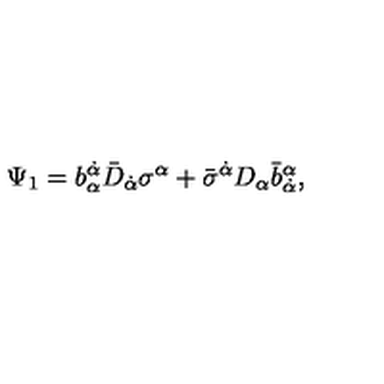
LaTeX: \Psi _ { 1 } = b _ { \alpha } ^ { \dot { \alpha } } \bar { D } _ { \dot { \alpha } } \sigma ^ { \alpha } + \bar { \sigma } ^ { \dot { \alpha } } D _ { \alpha } \bar { b } _ { \dot { \alpha } } ^ { \alpha } ,